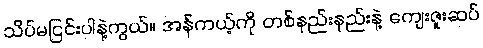
သိပ်မငြင်းပါနဲ့ကွယ်။ အန်ကယ့်ကို တစ်နည်းနည်းနဲ့ ကျေးဇူးဆပ်